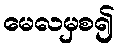
မေလမှစ၍